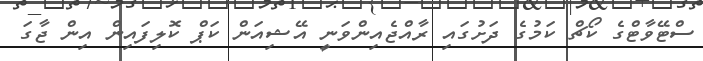
ސްޓޭވާޓްގެ ކޯޗް ކަމުގެ ދަށުގައި ރާއްޖެއިންވަނީ އޭޝިއަން ކަޕް ކޮލިފައިން އިން ޖާގަ